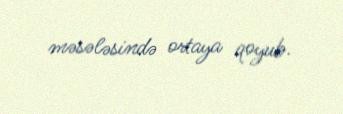
məsələsində ortaya qoyub.